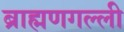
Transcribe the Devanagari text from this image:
ब्राह्मणगल्ली